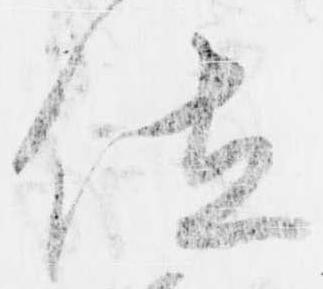
位